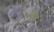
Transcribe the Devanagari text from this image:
खूंन